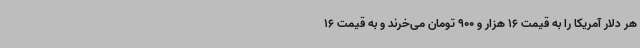
هر دلار آمریکا را به قیمت 16 هزار و 900 تومان می‌خرند و به قیمت 16